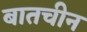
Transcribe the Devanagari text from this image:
बातचीन